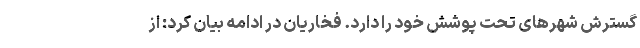
گسترش شهرهای تحت پوشش خود را دارد. فخاریان در ادامه بیان کرد: از